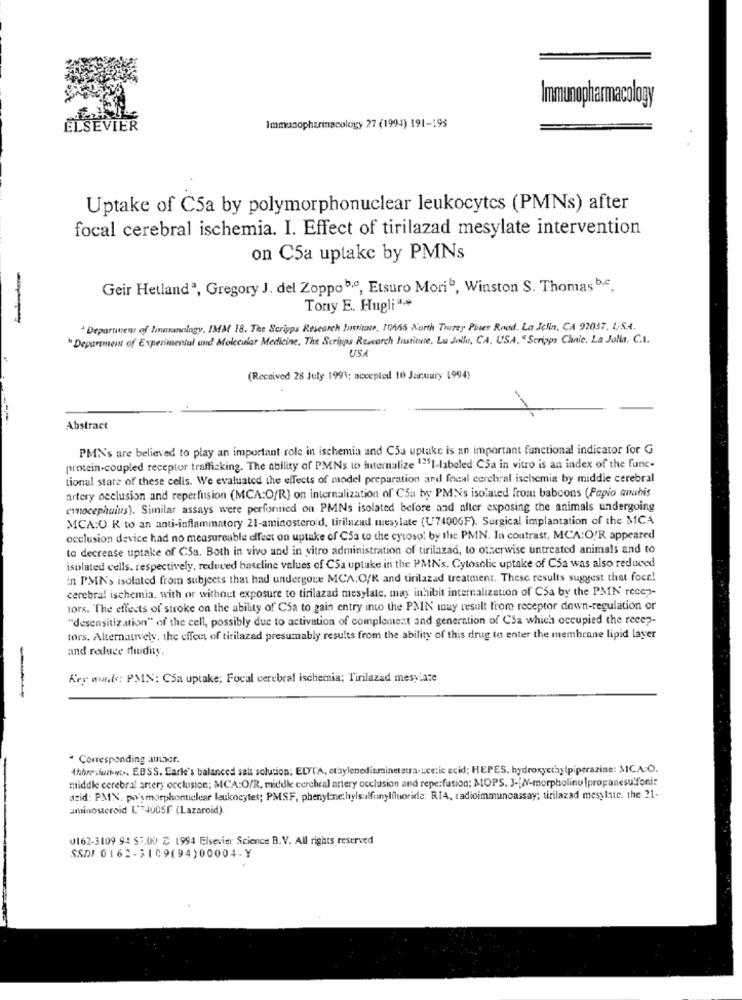
Immunopharmacology
ELSEVIER
Immunopharmacology 27 (1994) 191-195
Uptake of CSa by polymorphonuclear leukocytcs (PMNs) after
focal cerebral ischemia. I. Effect of tirilazad mesylate intervention
on C5a uptake by PMNs
Geir Hetlandª, Gregory J. del Zoppob,e, Etsuro Morib, Winston S. Thomas b.c.
Tony E. Hugli ".+
* Department of linmenology, IMM 18. The Scripps Research Justine, 10465 North Torrey Pines Road. La Jela, CA 92037. 1;S.A.
" Department of Experimental and Molecular Medicine, The Scripps Research Institute, Lu Jolle, CA, USA, "Scripps Clinic. La Jolla. C.I.
US
(Received 28 July 1991; accepted 10 January 1994)
Abstract
PMN's are believed to play an important role in ischemia and CSu uptake is an important functional indicator for G
protein-coupled receptor trafficking. The ability of PMNs to internalize 1351-labeled C5a in vitro is an index of the func-
tional state of these cells. We evaluated the effects of model preparation and focal cerebral ischemia by middie cerebral
artery occlusion and reperfusion (MCA:O/R) on internalization of Ca by PMNs isolated from baboons (Papio anubis
exmocephalus). Similar assays were perforined on PMNs isolated before and after exposing the animals undergoing
MCA:O R to an anti-inflammatory 21-aminosteroid, tirilazad mesylate (L'74006F). Surgical implantation of the MCA
occlusion device had no measureable effect on uptake of Csa to the cytosol by the PMN. In contrast, MCA:OR appeared
to decrease uptake of CSa. Both in vivo and in vitro administration of tirilazad, to otherwise untreated animals and to
isolated cells. respectively, reduced baseline values of CSa uptake in the PMNs. Cytosolic uptake of CSa was also reduced
in PMN'> isolated from subjects that had undergone MCA; O/K and tirilazad treatment. These results suggest that foce!
cerebral ischemia. with or without exposure to tirilazad mesylate, may inhibit internalization of Csa by the PMN' recep-
tors. The effects of stroke on the ability of CSa to gain entry into the PMIN may result from receptor down-regulation or
"desensitization" of the cell, possibly due to activation of complement and generation of CSa which occupied the recep-
tors. Alternatively, the effect of tirilazad presumably results from the ability of this drug to enter the membrane lipid layer
and reduce fluidity.
Key words: PMIN: CSa uptake; Focal cerebral ischemia; Tirilazad mesylate
-
" Corresponding author.
Ahhresiuniwos. EBSS. Eark's balanced salt solution; ELYTA, ethylenediemineteua-zce:ic acid; HEPES. hydroxyetylpiperazine: MICA O.
middle cerebral artery occlusion; MCA:O/R, middle cerebral artery occlusion and reperfusion; MOPS. 3-(N-morpholinu |propanesulfonic
azid: PMN. po'smorphoniclear leukocytes; PMSF, phenyl-neltylsulfonylfluoride; RIA, radioimmunoassay; tirilazad mesylate. the 21-
aminosteroid L'T400SF (Lazaroid).
0162-3109 94 $5.00 2 1994 Elsevier Science B.V. All rights reserved
SSDI 0162-3109(94)00004-Y